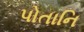
પોતાનિ